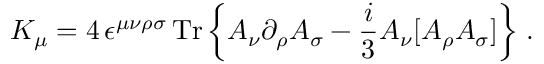
{ \cal K } _ { \mu } = 4 \, \epsilon ^ { \mu \nu \rho \sigma } \, \mathrm { T r } \left\{ { \cal A } _ { \nu } \partial _ { \rho } { \cal A } _ { \sigma } - \frac { i } { 3 } { \cal A } _ { \nu } [ { \cal A } _ { \rho } { \cal A } _ { \sigma } ] \right\} \, .